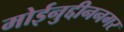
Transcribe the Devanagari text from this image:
मोईनुद्दीननगर